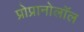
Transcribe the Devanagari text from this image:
प्रोप्रानोलॉल